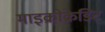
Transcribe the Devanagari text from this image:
माइक्रोक्रेडिट